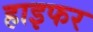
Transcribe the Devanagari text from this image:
हाइफर